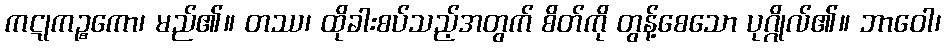
ကဋုကဉ္စကော၊ မည်၏။ တဿ၊ ထိုခါးစပ်သည့်အတွက် စိတ်ကို တွန့်စေသော ပုဂ္ဂိုလ်၏။ ဘာဝေါ၊